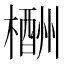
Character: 𣜙